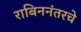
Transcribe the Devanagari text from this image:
राबिननंतरचे